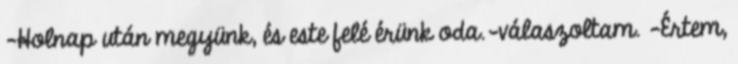
-Holnap után megyünk, és este felé érünk oda.-válaszoltam. -Értem,